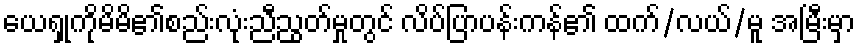
ယေရှုကိုမိမိ၏စည်းလုံးညီညွတ်မှုတွင် လိပ်ပြာပန်းကန်၏ ထက်/လယ်/မူ အမြီးမှာ